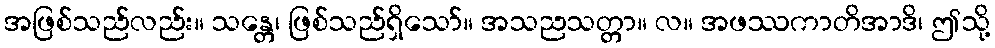
အဖြစ်သည်လည်း။ သန္တေ၊ ဖြစ်သည်ရှိသော်။ အသညသတ္တာ။ လ။ အဖဿကာတိအာဒိ၊ ဤသို့